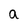
Character: a